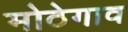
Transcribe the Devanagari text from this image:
मोठेगाव